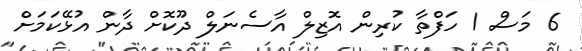
6 މަސް 1 ހަފްތާ ކުރިން އޮޒިލް އާސެނަލް ދޫކޮށް ދާން އުޅޭކަމަށް